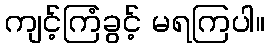
ကျင့်ကြံခွင့် မရကြပါ။